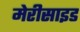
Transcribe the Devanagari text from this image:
मेरीसाइड